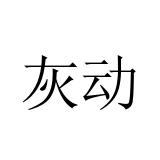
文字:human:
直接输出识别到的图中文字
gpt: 灰动